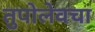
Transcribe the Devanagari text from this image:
तुपोलेवचा